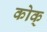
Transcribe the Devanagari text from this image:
कोक्